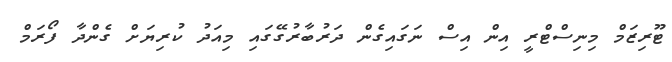
ޓޫރިޒަމް މިނިސްޓްރީ އިން އިސް ނަގައިގެން ދަރުބާރުގޭގައި މިއަދު ކުރިޔަށް ގެންދާ ފޯރަމް